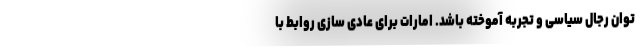
توان رجال سیاسی و تجربه آموخته باشد. امارات برای عادی سازی روابط با